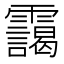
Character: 靄